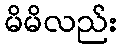
မိမိလည်း